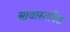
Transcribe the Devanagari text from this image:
आवास्तविक